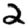
Digit: 2